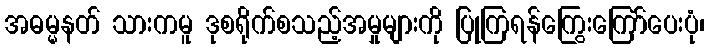
အဓမ္မနတ် သားကမူ ဒုစရိုက်စသည့်အမှုများကို ပြုကြရန်ကြွေးကြော်ပေးပုံ၊